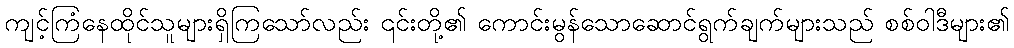
ကျင့်ကြံနေထိုင်သူများရှိကြသော်လည်း ၎င်းတို့၏ ကောင်းမွန်သောဆောင်ရွက်ချက်များသည် စစ်ဝါဒီများ၏